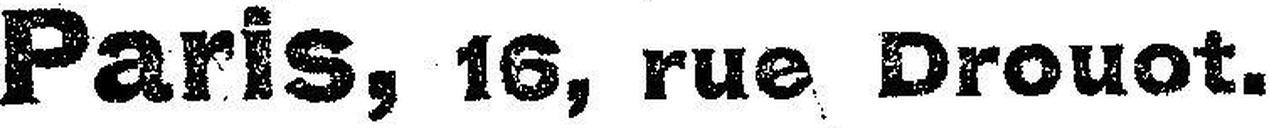
Paris, 16, rue Drouot.